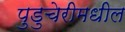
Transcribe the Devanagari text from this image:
पुडुचेरीमधील